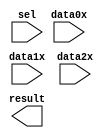
// megafunction wizard: %LPM_MUX%VBB%
// GENERATION: STANDARD
// VERSION: WM1.0
// MODULE: LPM_MUX 

// ============================================================
// Megafunction Name(s):
// 			LPM_MUX
//
// Simulation Library Files(s):
// 			lpm
// ============================================================
// ************************************************************
// THIS IS A WIZARD-GENERATED FILE. DO NOT EDIT THIS FILE!
//
// 17.0.0 Build 595 04/25/2017 SJ Lite Edition
// ************************************************************

//Copyright (C) 2017  Intel Corporation. All rights reserved.
//Your use of Intel Corporation's design tools, logic functions 
//and other software and tools, and its AMPP partner logic 
//functions, and any output files from any of the foregoing 
//(including device programming or simulation files), and any 
//associated documentation or information are expressly subject 
//to the terms and conditions of the Intel Program License 
//Subscription Agreement, the Intel Quartus Prime License Agreement,
//the Intel MegaCore Function License Agreement, or other 
//applicable license agreement, including, without limitation, 
//that your use is for the sole purpose of programming logic 
//devices manufactured by Intel and sold by Intel or its 
//authorized distributors.  Please refer to the applicable 
//agreement for further details.

module MUX_3x32 (
	data0x,
	data1x,
	data2x,
	sel,
	result);

	input	[31:0]  data0x;
	input	[31:0]  data1x;
	input	[31:0]  data2x;
	input	[1:0]  sel;
	output	[31:0]  result;

endmodule

// ============================================================
// CNX file retrieval info
// ============================================================
// Retrieval info: PRIVATE: INTENDED_DEVICE_FAMILY STRING "Cyclone V"
// Retrieval info: PRIVATE: SYNTH_WRAPPER_GEN_POSTFIX STRING "0"
// Retrieval info: PRIVATE: new_diagram STRING "1"
// Retrieval info: LIBRARY: lpm lpm.lpm_components.all
// Retrieval info: CONSTANT: LPM_SIZE NUMERIC "3"
// Retrieval info: CONSTANT: LPM_TYPE STRING "LPM_MUX"
// Retrieval info: CONSTANT: LPM_WIDTH NUMERIC "32"
// Retrieval info: CONSTANT: LPM_WIDTHS NUMERIC "2"
// Retrieval info: USED_PORT: data0x 0 0 32 0 INPUT NODEFVAL "data0x[31..0]"
// Retrieval info: USED_PORT: data1x 0 0 32 0 INPUT NODEFVAL "data1x[31..0]"
// Retrieval info: USED_PORT: data2x 0 0 32 0 INPUT NODEFVAL "data2x[31..0]"
// Retrieval info: USED_PORT: result 0 0 32 0 OUTPUT NODEFVAL "result[31..0]"
// Retrieval info: USED_PORT: sel 0 0 2 0 INPUT NODEFVAL "sel[1..0]"
// Retrieval info: CONNECT: @data 0 0 32 0 data0x 0 0 32 0
// Retrieval info: CONNECT: @data 0 0 32 32 data1x 0 0 32 0
// Retrieval info: CONNECT: @data 0 0 32 64 data2x 0 0 32 0
// Retrieval info: CONNECT: @sel 0 0 2 0 sel 0 0 2 0
// Retrieval info: CONNECT: result 0 0 32 0 @result 0 0 32 0
// Retrieval info: GEN_FILE: TYPE_NORMAL MUX_3x32.v TRUE
// Retrieval info: GEN_FILE: TYPE_NORMAL MUX_3x32.inc FALSE
// Retrieval info: GEN_FILE: TYPE_NORMAL MUX_3x32.cmp FALSE
// Retrieval info: GEN_FILE: TYPE_NORMAL MUX_3x32.bsf TRUE
// Retrieval info: GEN_FILE: TYPE_NORMAL MUX_3x32_inst.v FALSE
// Retrieval info: GEN_FILE: TYPE_NORMAL MUX_3x32_bb.v TRUE
// Retrieval info: LIB_FILE: lpm